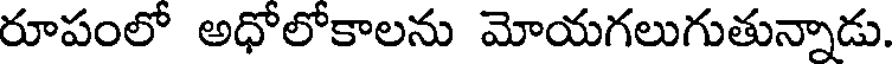
రూపంలో అధోలోకాలను మోయగలుగుతున్నాడు.